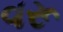
વરૂ